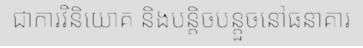
ជាការវិនិយោគ និងបន្តិចបន្តួចនៅធនាគារ